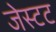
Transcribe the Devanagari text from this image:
जेस्टट